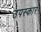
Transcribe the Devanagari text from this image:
उपस्‍कार